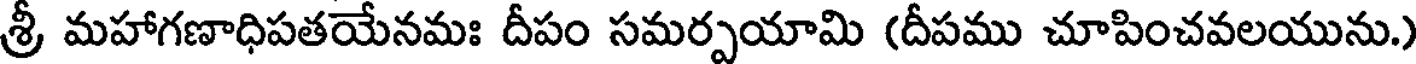
శ్రీ మహాగణాధిపతయేనమః దీపం సమర్పయామి (దీపము చూపించవలయును.)